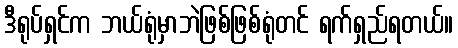
ဒီရုပ်ရှင်က ဘယ်ရုံမှာဘဲဖြစ်ဖြစ်ရုံတင် ရက်ရှည်ရတယ်။